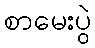
စာမေးပွဲ